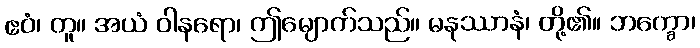
ဧဝံ၊ တူ။ အယံ ဝါနရော၊ ဤမျောက်သည်။ မနုဿာနံ၊ တို့၏။ ဘက္ခော၊